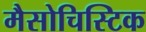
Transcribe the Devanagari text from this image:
मैसोचिस्टिक